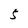
Character: 5